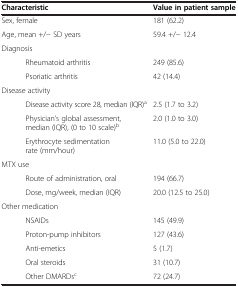
| Characteristic | Value in patient sample |
 | --- | --- |
 | Sex, female | 181 (62.2) |
 | Age, mean +/- SD years | 59.4 +/- 12.4 |
 | Diagnosis |  |
 | Rheumatoid arthritis | 249 (85.6) |
 | Psoriatic arthritis | 42 (14.4) |
 | Disease activity |  |
 | Disease activity score 28, median (IQR)a | 2.5 (1.7 to 3.2) |
 | Physician’s global assessment, median (IQR), (0 to 10 scale)b | 2.0 (1.0 to 3.0) |
 | Erythrocyte sedimentation rate (mm/hour) | 11.0 (5.0 to 22.0) |
 | MTX use |  |
 | Route of administration, oral | 194 (66.7) |
 | Dose, mg/week, median (IQR) | 20.0 (12.5 to 25.0) |
 | Other medication |  |
 | NSAIDs | 145 (49.9) |
 | Proton-pump inhibitors | 127 (43.6) |
 | Anti-emetics | 5 (1.7) |
 | Oral steroids | 31 (10.7) |
 | Other DMARDsc | 72 (24.7) |